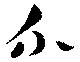
介